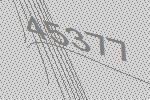
45377